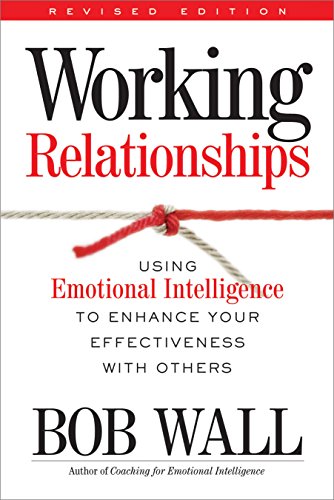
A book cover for Working Relationships: Using Emotional Intelligence to Enhance Your Effectiveness with Others; Bob Wall; Business & Money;